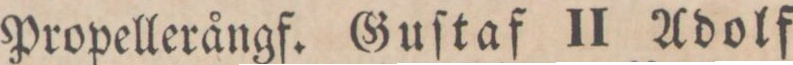
Propellerångf. Guſtaf II Adolf